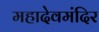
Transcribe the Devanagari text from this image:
महादेवमंदिर